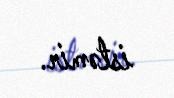
istəmir.